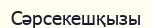
Сәрсекешқызы